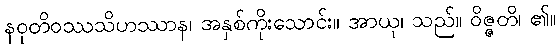
နဝုတိဝဿသိဟဿာန၊ အနှစ်ကိုးသောင်း။ အာယု၊ သည်။ ဝိဇ္ဇတိ၊ ၏။